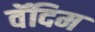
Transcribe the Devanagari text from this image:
वॅदिम